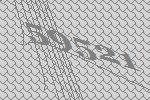
59521